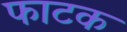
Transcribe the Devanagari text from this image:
फाटक